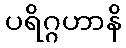
ပရိဂ္ဂဟာနိ